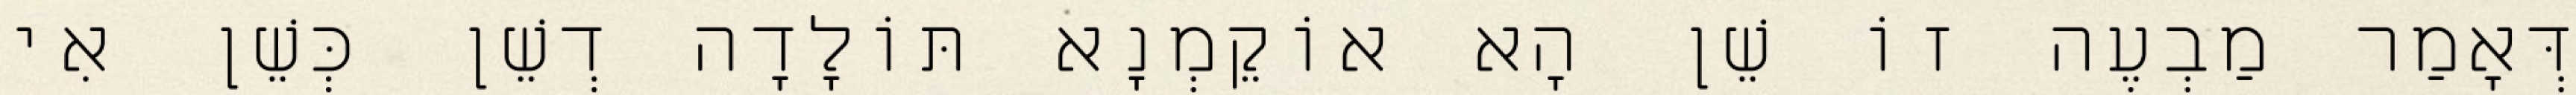
דְּאָמַר מַבְעֶה זוֹ שֵׁן הָא אוֹקֵמְנָא תּוֹלָדָה דְשֵׁן כְּשֵׁן אִי